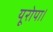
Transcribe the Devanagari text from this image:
यूरोपा।